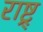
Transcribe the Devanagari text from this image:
राष्ट्र्